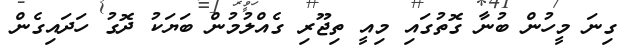
ގިނަ މީހުން ބުނާ ގޮތުގައި މިއީ ތިޖޫރި ގެއްލުމުން ބަޔަކު ދޮގު ހަދައިގެން